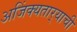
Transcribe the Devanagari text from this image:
अजिंक्‍यतार्‍याची